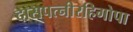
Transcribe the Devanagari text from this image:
दासपत्नीरहिगोपा